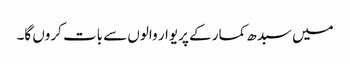
میں سبدھ کمار کے پریوار والوں سے بات کروں گا۔